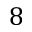
8